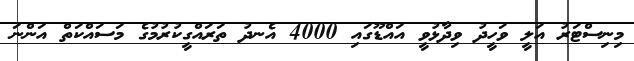
މިނިސްޓަރު އަލީ ވަހީދު ވިދާޅުވީ އައްޑޫގައި 4000 އެނދު ތަރައްގީކުރުމުގެ މަސައްކަތް އަންނަ